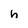
Character: h